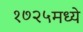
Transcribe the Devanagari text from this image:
१७२५मध्ये